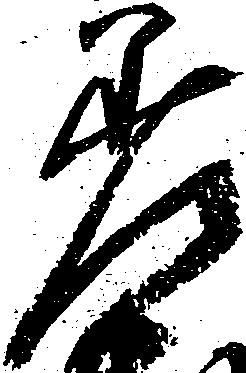
差